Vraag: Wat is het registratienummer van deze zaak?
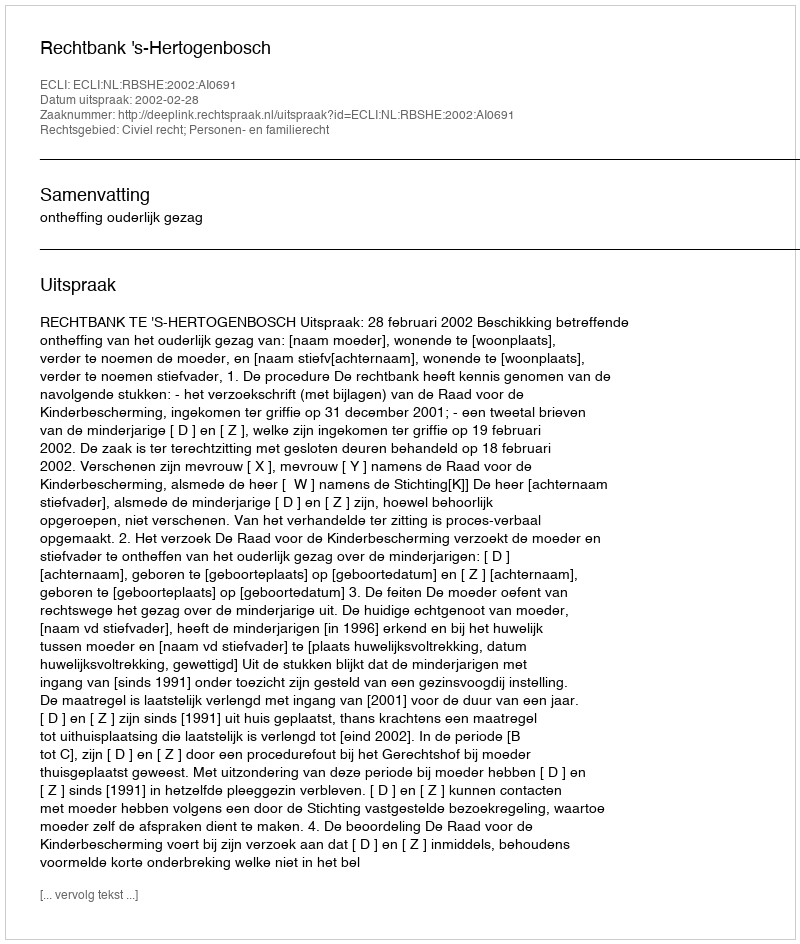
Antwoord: http://deeplink.rechtspraak.nl/uitspraak?id=ECLI:NL:RBSHE:2002:AI0691